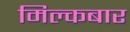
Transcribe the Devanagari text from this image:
मिल्कबार